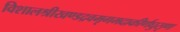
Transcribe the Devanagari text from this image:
विशालश्रीखण्डद्रवमृगमदाकीर्णघुसृण